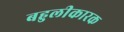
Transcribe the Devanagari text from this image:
बहुलीकारक